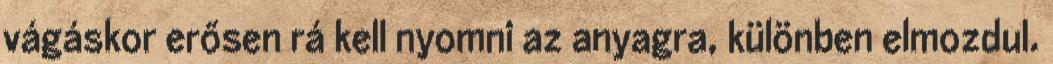
vágáskor erősen rá kell nyomni az anyagra, különben elmozdul.